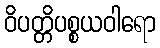
ဝိပတ္တိပစ္စယဝါရော